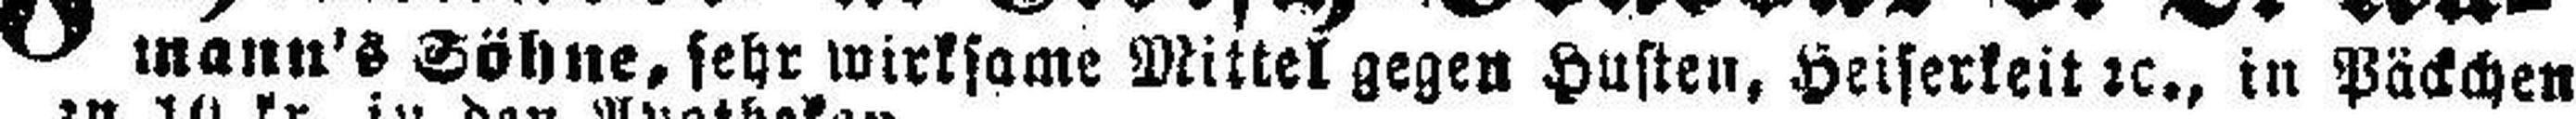
mann's Söhne, sehr wirksame Mittel gegen Husten, Heiserkeit 2c., in Päckchen